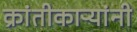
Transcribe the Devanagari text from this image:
क्रांतीकाऱ्यांनी